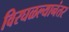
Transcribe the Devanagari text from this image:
विरघळल्यानंतर